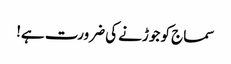
سماج کو جوڑنے کی ضرورت ہے!